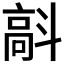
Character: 𩫄